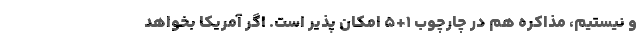
و نیستیم، مذاکره هم در چارچوب 1+5 امکان پذیر است. اگر آمریکا بخواهد